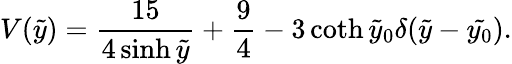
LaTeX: V(\tilde{y})=\frac{15}{4\sinh{\tilde{y}}}+\frac{9}{4}-3\coth{\tilde{y}_{0}}\delta(\tilde{y}-\tilde{y_{0}}).